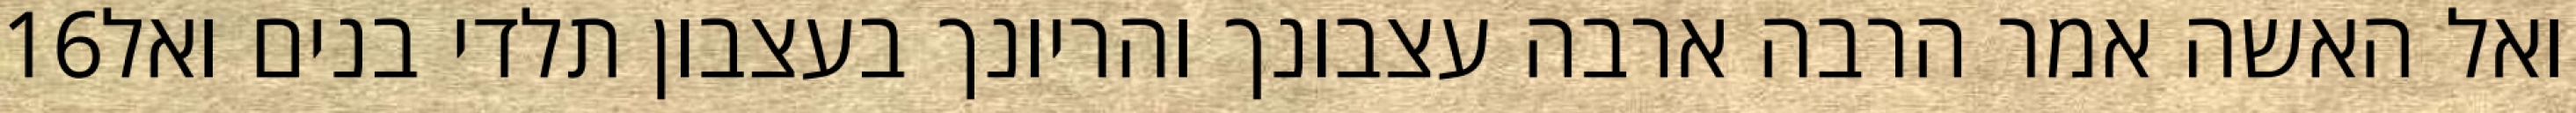
‎16‏ ואל האשה אמר הרבה ארבה עצבונך והריונך בעצבון תלדי בנים ואל